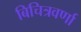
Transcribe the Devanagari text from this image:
बिचित्रवर्णा